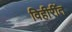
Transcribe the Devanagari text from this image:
विहीरींत